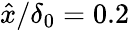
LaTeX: \hat{x}/\delta_{0}=0.2